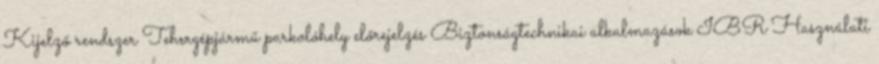
Kijelző rendszer Tehergépjármű parkolóhely előrejelzés Biztonságtechnikai alkalmazások IBR Használati